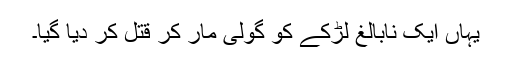
یہاں ایک نابالغ لڑکے کو گولی مار کر قتل کر دیا گیا۔